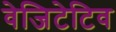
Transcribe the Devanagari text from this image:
वेजिटेटिव